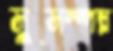
সুসম্পন্ন